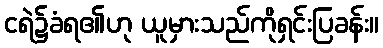
ငရဲ၌ခံရ၏ဟု ယူမှားသည်ကိုရှင်းပြခန်း။